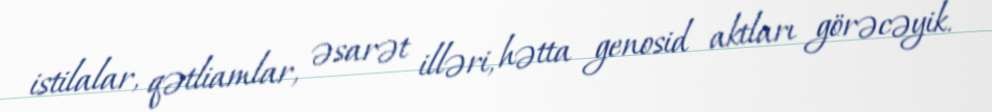
istilalar, qətliamlar, əsarət illəri, hətta genosid aktları görəcəyik.